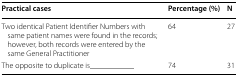
<table><thead><tr><td><b>Practical cases</b></td><td><b>Percentage (%)</b></td><td><b>N</b></td></tr></thead><tbody><tr><td>Two identical Patient Identifier Numbers with same patient names were found in the records; however, both records were entered by the same General Practitioner</td><td>64</td><td>27</td></tr><tr><td>The opposite to duplicate is___________</td><td>74</td><td>31</td></tr></tbody></table>